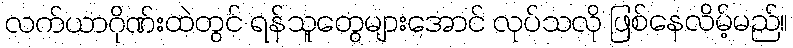
လက်ယာဂိုဏ်းထဲတွင် ရန်သူတွေများအောင် လုပ်သလို ဖြစ်နေလိမ့်မည်။